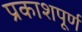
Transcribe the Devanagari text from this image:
प्रकाशपूर्ण